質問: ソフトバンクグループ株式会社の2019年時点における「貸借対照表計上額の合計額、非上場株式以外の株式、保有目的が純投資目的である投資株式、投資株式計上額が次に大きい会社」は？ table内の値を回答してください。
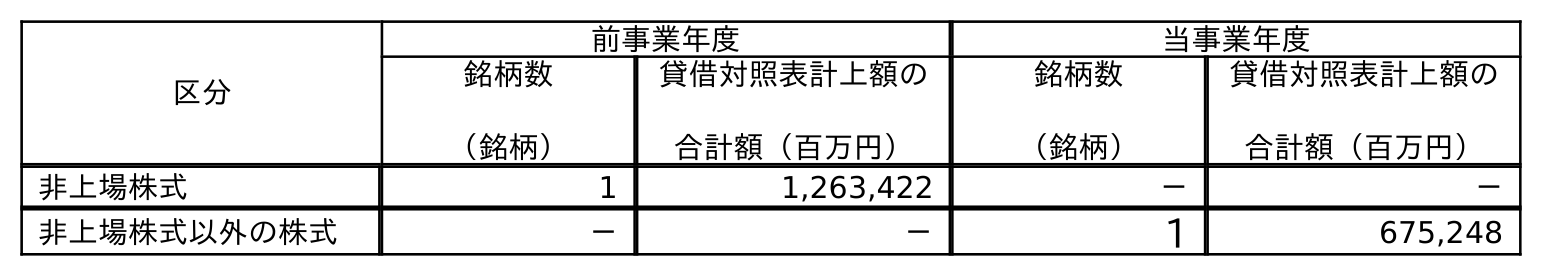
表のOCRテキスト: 区分 前事業年度 当事業年度 銘柄数 （銘柄） 貸借対照表計上額の 合計額（百万円） 銘柄数 （銘柄） 貸借対照表計上額の 合計額（百万円） 非上場株式 1 1,263,422 － － 非上場株式以外の株式 － － 1 675,248
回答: －